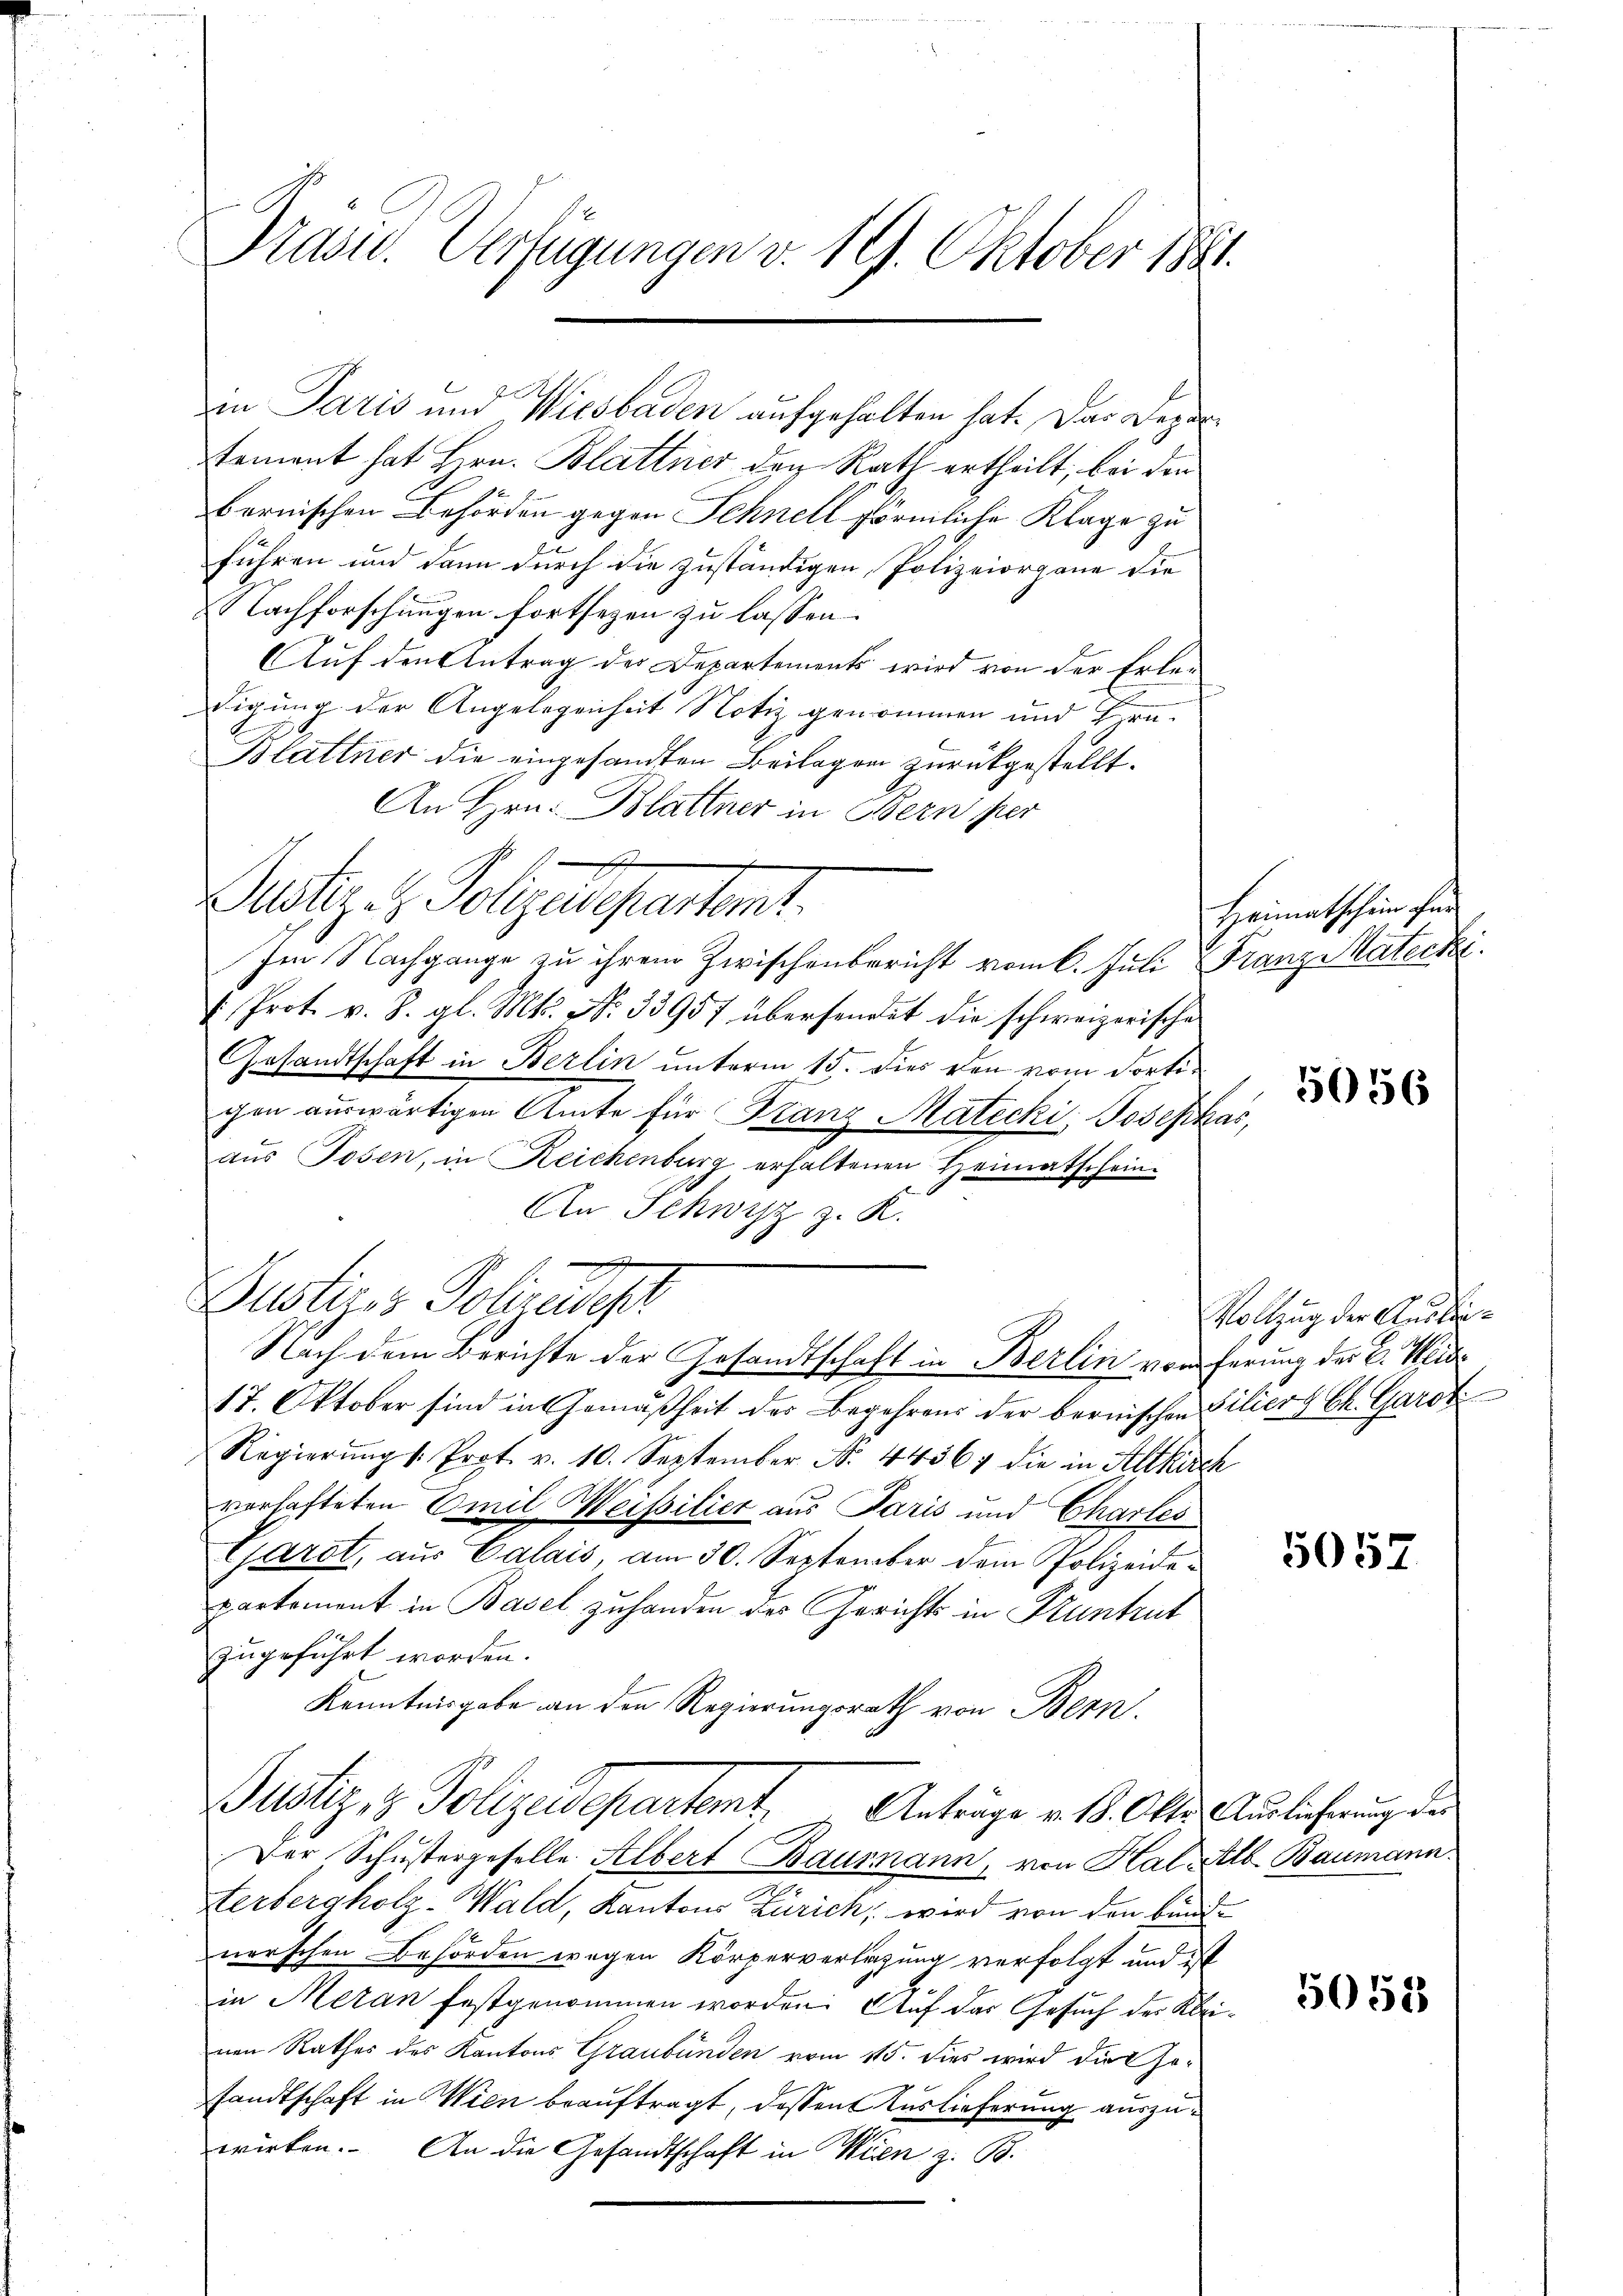
Präsid. Verfügungen v. 19. Oktober 1881.

in Paris und Wiesbaden aufgehalten hat. Das Depar
tement hat Hrn. Blattner den Rath ertheilt, bei den
bernischen Behörden gegen Schnell förmliche Klage zu
führen und dann durch die zuständigen, Polizeiorgane die
Nachforschungen fortsezen zu lassen.
Auf den Antrag der Departements wird von der Erleigung der Angelegenheit Notiz genommen und Er¬
Blattner die eingesandten Beilagen zurückgestellt.
An Hrn. Blattner in Bern per
ustiz- & Polizeisepartemt
Im Nachgange zu ihrem Zwischenbericht vom 6. Juli Franz Materki
1. Prot. v. J. gl. Mts. No. 33957 übersendet die schweizerische
Gesandtschaft in Berlin unterm 15. Dies den vom dortigen auswärtigen Amte für Franz Matecki, Josephas,
aus Tosen, in Reichenburg erhaltenen Heimatschein
An Schwyz z. K.
e
Justiges Polizeidest
Nach dem Berichte der Gesandtschaft in Berlin vom ferung der C. Weide
17. Oktober sind in Gemäßheit der Begehrens der bernischen Siliers Ch. Gardt
Regierŭngs. Prot. v. 10. September N. 44364 die in Altkirch
verhafteten Emil Weissilier aus Paris und Chartes
Garet, aus Calais, am 30. September dem Polizeidepartement in Basel zuhanden des Gerichts in Pruntrut
zugeführt worden.
Kenntnisgabe an den Regierungsrath von Bern.
Justiz- & Polizeidepartemt. Anträge v. 18. Okto Auslicherung der
Der Schustergeselle Albert Baumann, von Hal Alb. Baumann.
Herbergholz-Wald, Kantons Zürich, wird von den bundnerschen Behörden wegen Körperverlegung verfolgt und ist
in Meran festgenommen worden. Auf das Gesuch der Kleinen Rathes des Kantons Graubünden vom 115. dies wird die Gesandtschaft in Wien beauftragt, dessen Auslieferung auszuwirken. An die Gesandtschaft in Wien z. B.

2

Heimatschein ihne

5056

Vollzug der Auslie¬

5057

5052